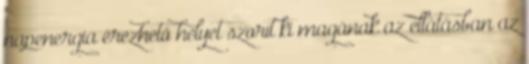
napenergia érezhető helyet szorít ki magának az ellátásban az